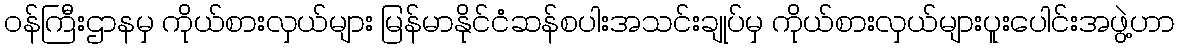
ဝန်ကြီးဌာနမှ ကိုယ်စားလှယ်များ မြန်မာနိုင်ငံဆန်စပါးအသင်းချုပ်မှ ကိုယ်စားလှယ်များပူးပေါင်းအဖွဲ့ဟာ